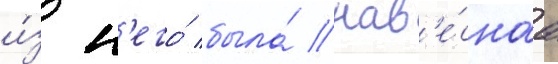
и́з н'его́ была́ нав'е́снаа